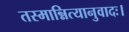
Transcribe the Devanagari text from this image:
तस्मान्नित्यानुवादः।